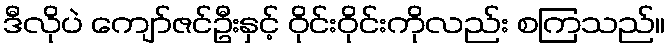
ဒီလိုပဲ ကျော်ဇင်ဦးနှင့် ဝိုင်းဝိုင်းကိုလည်း စကြသည်။